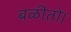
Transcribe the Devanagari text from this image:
बळीतो।